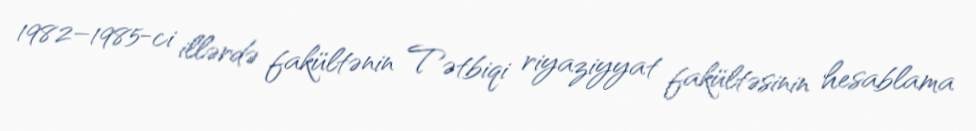
1982–1985-ci illərdə fakültənin Tətbiqi riyaziyyat fakültəsinin hesablama